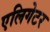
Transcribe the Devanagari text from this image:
एलिगेटर